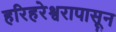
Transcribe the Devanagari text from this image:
हरिहरेश्वरापासून